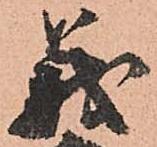
義